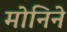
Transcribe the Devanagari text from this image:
मोनिने